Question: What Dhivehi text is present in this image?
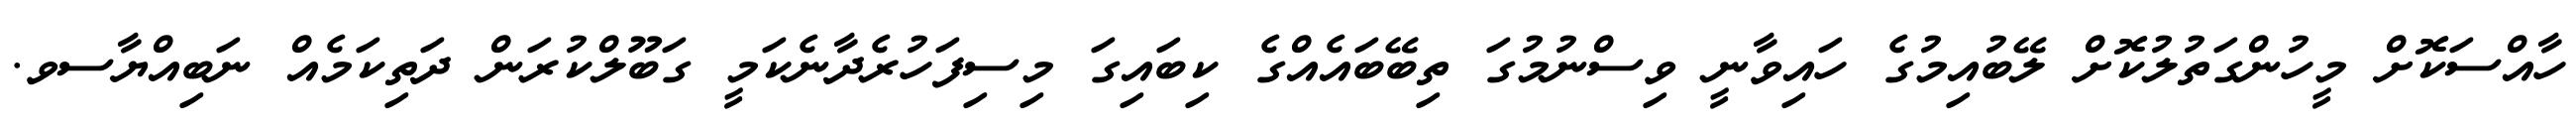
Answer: ހާއްސަކޮށް މީހުންގަތުލުކޮށް ލޭބުއިމުގެ ހައިވާނީ ވިސްނުމުގަ ތިބޭބައެއްގެ ކިބައިގަ މިސިފަހުރެދާނެކަމީ ގަބޫލްކުރަން ދަތިކަމެއް ނަބިއްޔާސވ.